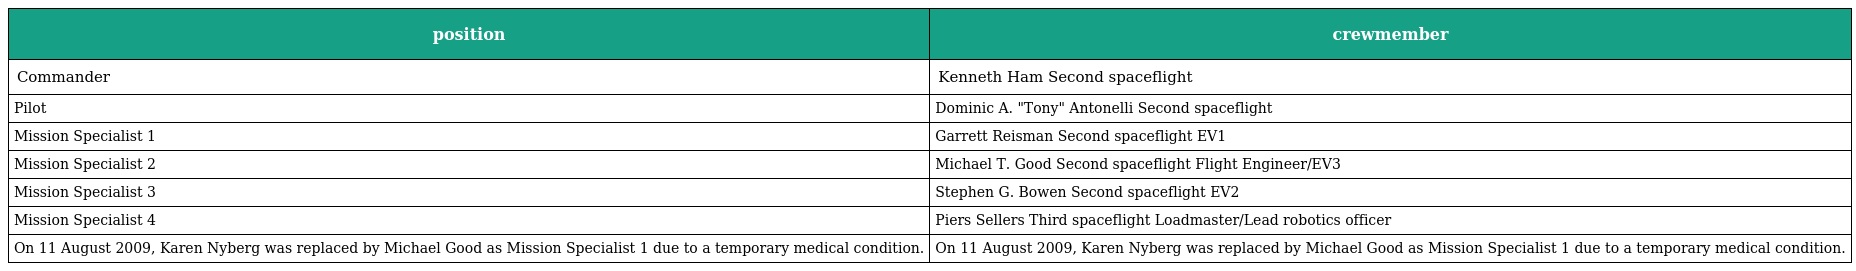
| position | crewmember |
 | --- | --- |
 | Commander | Kenneth Ham Second spaceflight |
 | Pilot | Dominic A. "Tony" Antonelli Second spaceflight |
 | Mission Specialist 1 | Garrett Reisman Second spaceflight EV1 |
 | Mission Specialist 2 | Michael T. Good Second spaceflight Flight Engineer/EV3 |
 | Mission Specialist 3 | Stephen G. Bowen Second spaceflight EV2 |
 | Mission Specialist 4 | Piers Sellers Third spaceflight Loadmaster/Lead robotics officer |
 | On 11 August 2009, Karen Nyberg was replaced by Michael Good as Mission Specialist 1 due to a temporary medical condition. | On 11 August 2009, Karen Nyberg was replaced by Michael Good as Mission Specialist 1 due to a temporary medical condition. |